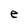
Character: e